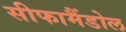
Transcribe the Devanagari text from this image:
सीफामैंडोल